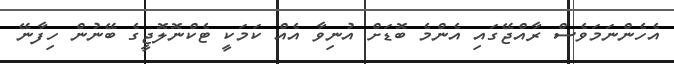
އެހެންނަމަވެސް ރާއްޖޭގައި އެންމެ ބޮޑަށް އުނިވާ އެއް ކަމަކީ ޓެކްނޮލޮޖީގެ ބޭނުން ހިފާނޭ